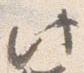
此